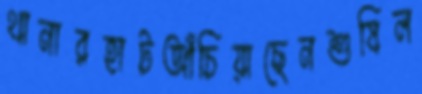
থানারহাটআঁচিয়াছেনশুষিল